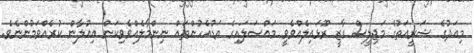
މިއަދުގެ ޝަރީއަތުގެ މަޖިލީސް ގާޒީ ރޫޅައިލެއްވެވީ މައްސަލައިގެ އަޑުއެހުންތައް ނިންމާލެއްވެވިކަން އިއުލާން ކުރެއްވަމުންނެވެ.